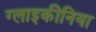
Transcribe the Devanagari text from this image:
ग्लाइकीनिया